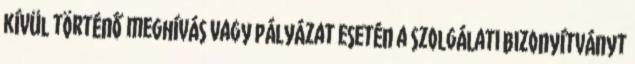
kívül történő meghívás vagy pályázat esetén a szolgálati bizonyítványt